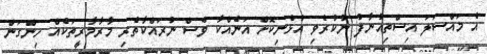
އެ މައްސަލަ އިސްތިއުނާފު ނުކުރެވި އުޅެނިކޮށް އަނެއްކާ ވެސް ނުރައްކާތެރި މާރާމާރީތަކެއް ހިންގަން